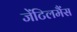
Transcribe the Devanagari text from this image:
जेंटिलमैंस